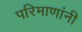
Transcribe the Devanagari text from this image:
परिमाणांनी